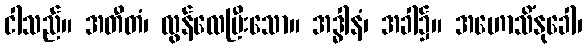
ငါသည်။ အတီတံ၊ လွန်လေပြီးသော။ အဒ္ဓါနံ၊ အခါ၌။ အဟောသိံနုခေါ၊